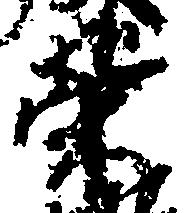
栄